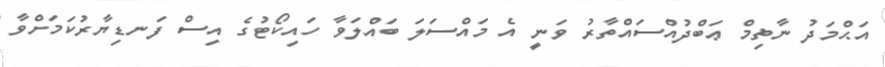
އަޙްމަދު ނާޡިމް ޢަބްދުއްސައްތާރު ވަނީ އެ މައްސަލަ ބައްލަވާ ހައިކޯޓުގެ އިސް ފަނޑިޔާރުކަމަށްވާ